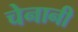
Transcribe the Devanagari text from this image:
चेनानी